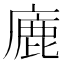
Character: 廘